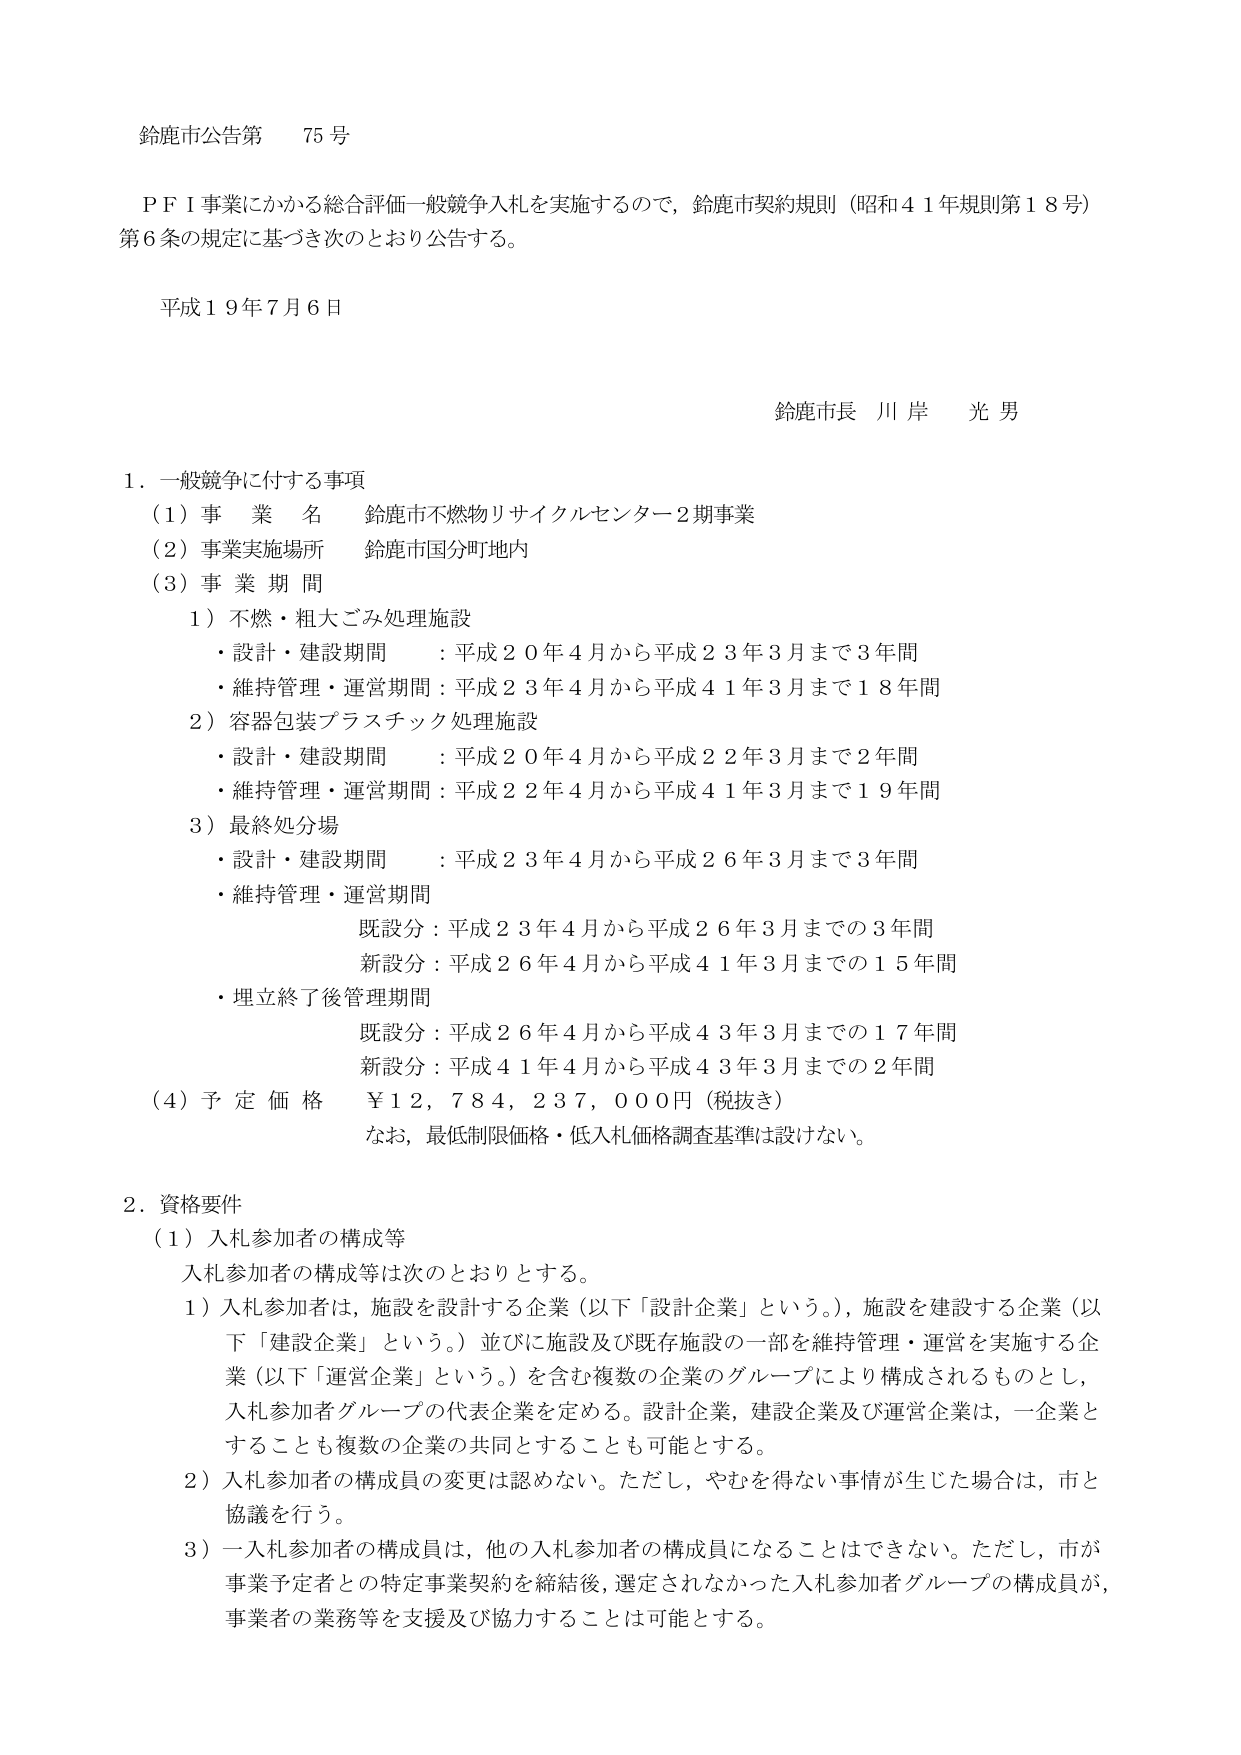
鈴鹿市公告第 75号

ＰＦＩ事業にかかる総合評価一般競争入札を実施するので，鈴鹿市契約規則（昭和４１年規則第１８号）第６条の規定に基づき次のとおり公告する。

平成１９年７月６日

鈴鹿市長 川岸 光男

１．一般競争に付する事項
（１）事業名 鈴鹿市不燃物リサイクルセンター２期事業
（２）事業実施場所 鈴鹿市国分町地内
（３）事業期間
　１）不燃・粗大ごみ処理施設
　　・設計・建設期間 ：平成２０年４月から平成２３年３月まで３年間
　　・維持管理・運営期間：平成２３年４月から平成４１年３月まで１８年間
　２）容器包装プラスチック処理施設
　　・設計・建設期間 ：平成２０年４月から平成２２年３月まで２年間
　　・維持管理・運営期間：平成２２年４月から平成４１年３月まで１９年間
　３）最終処分場
　　・設計・建設期間 ：平成２３年４月から平成２６年３月まで３年間
　　・維持管理・運営期間
　　　　既設分：平成２３年４月から平成２６年３月までの３年間
　　　　新設分：平成２６年４月から平成４１年３月までの１５年間
　　・埋立終了後管理期間
　　　　既設分：平成２６年４月から平成４３年３月までの１７年間
　　　　新設分：平成４１年４月から平成４３年３月までの２年間
（４）予定価格 ￥１２，７８４，２３７，０００円（税抜き）
　　なお，最低制限価格・低入札価格調査基準は設けない。

２．資格要件
（１）入札参加者の構成等
　　入札参加者の構成等は次のとおりとする。
　　１）入札参加者は，施設を設計する企業（以下「設計企業」という。），施設を建設する企業（以下「建設企業」という。）並びに施設及び既存施設の一部を維持管理・運営を実施する企業（以下「運営企業」という。）を含む複数の企業のグループにより構成されるものとし，入札参加者グループの代表企業を定める。設計企業，建設企業及び運営企業は，一企業とすることも複数の企業の共同とすることも可能とする。
　　２）入札参加者の構成員の変更は認めない。ただし，やむを得ない事情が生じた場合は，市と協議を行う。
　　３）一入札参加者の構成員は，他の入札参加者の構成員になることはできない。ただし，市が事業予定者との特定事業契約を締結後，選定されなかった入札参加者グループの構成員が，事業者の業務等を支援及び協力することは可能とする。